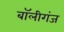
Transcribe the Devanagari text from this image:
बॉलीगंज